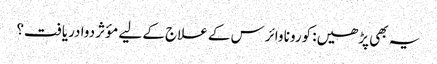
یہ بھی پڑھیں: کورونا وائرس کے علاج کے لیے مؤثر دوا دریافت؟